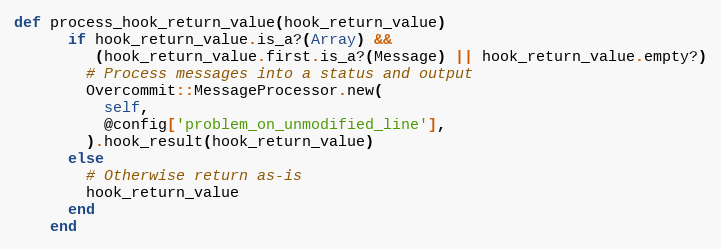
Language: Ruby
def process_hook_return_value(hook_return_value)
      if hook_return_value.is_a?(Array) &&
         (hook_return_value.first.is_a?(Message) || hook_return_value.empty?)
        # Process messages into a status and output
        Overcommit::MessageProcessor.new(
          self,
          @config['problem_on_unmodified_line'],
        ).hook_result(hook_return_value)
      else
        # Otherwise return as-is
        hook_return_value
      end
    end